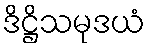
ဒိဋ္ဌိသမုဒယံ